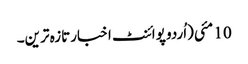
10 مئی(اُردو پوائنٹ اخبارتازہ ترین۔